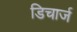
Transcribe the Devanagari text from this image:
डिचार्ज